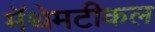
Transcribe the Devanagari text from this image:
मॅथेमटीकल